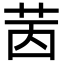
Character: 𦭮